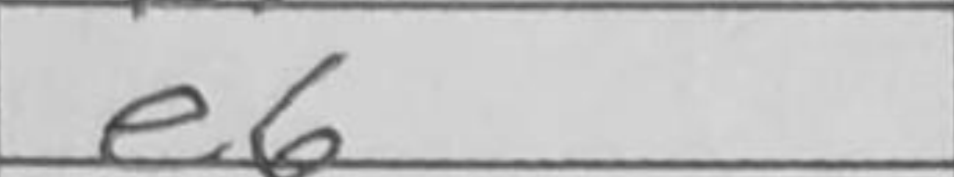
Transcription: e6